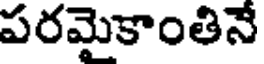
పరమైకాంతినే